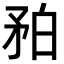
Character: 𥍡